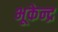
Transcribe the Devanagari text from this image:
भूकेन्द्र